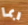
ربما